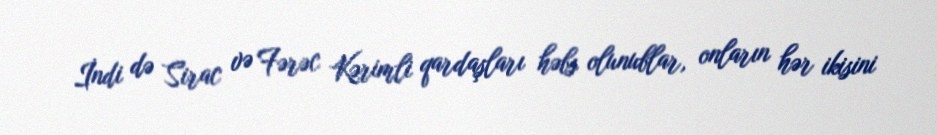
İndi də Sirac və Fərəc Kərimli qardaşları həbs olunublar, onların hər ikisini